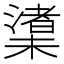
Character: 𪳼